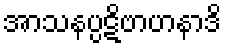
အာသနပ္ပဋိဗာဟနာဒိ